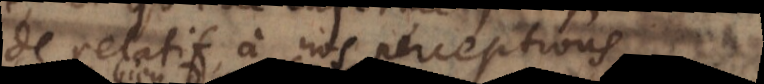
de relatif à nos perceptions,